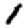
Digit: 1